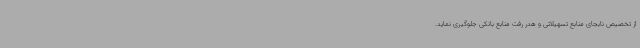
از تخصیص نابجای منابع تسهیلاتی و هدر رفت منابع بانکی جلوگیری نماید.